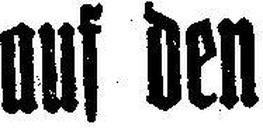
auf den